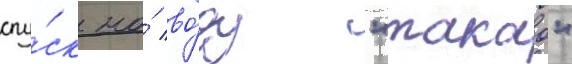
спу́ск на́ во́ду "такао"